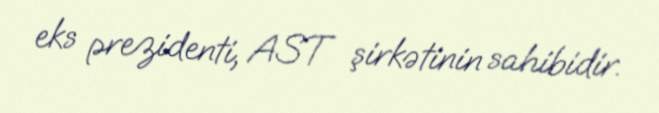
eks prezidenti, AST şirkətinin sahibidir.